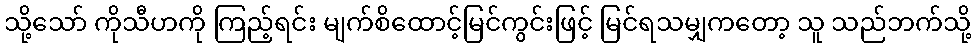
သို့သော် ကိုသီဟကို ကြည့်ရင်း မျက်စိထောင့်မြင်ကွင်းဖြင့် မြင်ရသမျှကတော့ သူ သည်ဘက်သို့